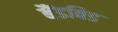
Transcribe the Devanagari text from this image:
बैंडविड